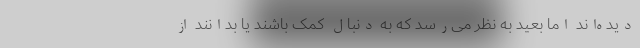
دیده‌اند اما بعید به نظر می‌رسد که به دنبال کمک باشند یا بدانند از